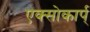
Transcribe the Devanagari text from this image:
एक्सोकार्प्